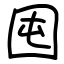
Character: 囤